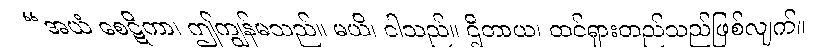
“အယံ စေဋိကာ၊ ဤကျွန်မသည်။ မယိ၊ ငါသည်။ ဌိတာယ၊ ထင်ရှားတည်သည်ဖြစ်လျက်။